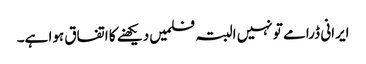
ایرانی ڈرامے تو نہیں البتہ فلمیں دیکھنے کا اتفاق ہوا ہے۔